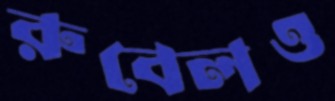
রুবেলও